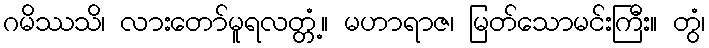
ဂမိဿသိ၊ လားတော်မူရလတ္တံ့။ မဟာရာဇ၊ မြတ်သောမင်းကြီး။ တွံ၊